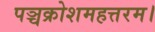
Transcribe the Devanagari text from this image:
पञ्चक्रोशमहत्तरम।